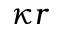
\kappa r